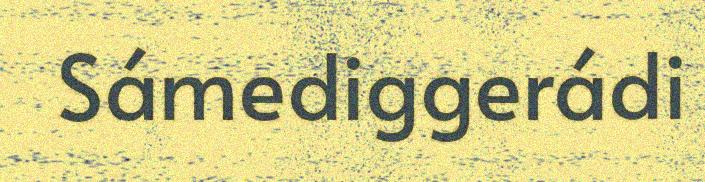
Sámediggerádi